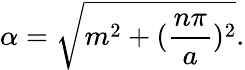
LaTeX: \alpha=\sqrt{m^{2}+(\frac{n\pi}{a})^{2}}.